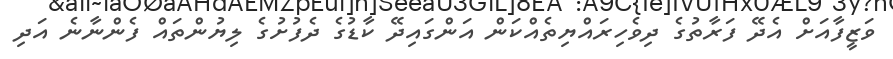
ވަޒީފާއަށް އެދޭ ފަރާތުގެ ދިވެހިރައްޔިތެއްކަން އަންގައިދޭ ކާޑުގެ ދެފުށުގެ ލިޔުންތައް ފެންނާނެ އަދި